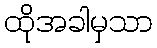
ထိုအခါမှသာ